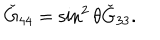
\check { G } _ { 4 4 } = \sin ^ { 2 } \theta \check { G } _ { 3 3 } .